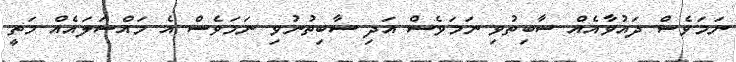
ނަމަވެސް ދައުވާއެއް ސާބިތުވި ނަމަވެސް އަދި ސާބިތުނުވި ނަމަވެސް އެ މައްސަލައެއް މަތީ